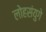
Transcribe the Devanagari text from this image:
लोहसंयुगे